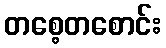
တစေ့တစောင်း